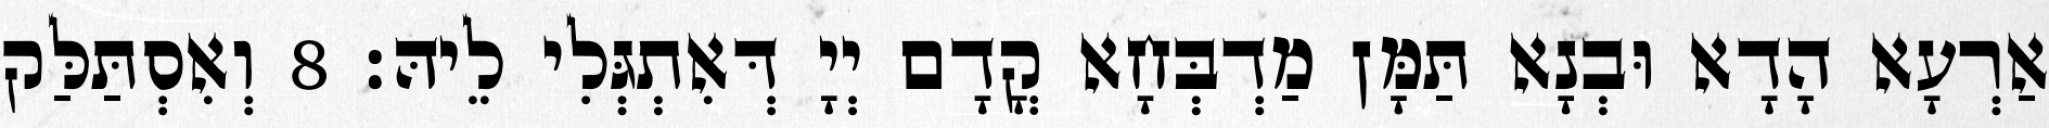
אַרְעָא הָדָא וּבְנָא תַּמָּן מַדְבְּחָא קֳדָם יְיָ דְּאִתְגְּלִי לֵיהּ׃ 8 וְאִסְתַּלַּק